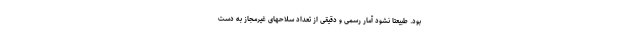
بود. طبیعتا نشود آمار رسمی و دقیقی از تعداد سلاحهای غیرمجاز به دست